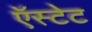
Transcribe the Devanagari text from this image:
ऍस्टेट